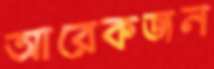
আরেকজন